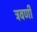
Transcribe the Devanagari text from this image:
त्रवणी